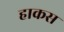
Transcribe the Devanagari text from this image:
हाकस